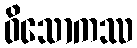
ဝိသောကဿ